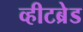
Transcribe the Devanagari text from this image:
व्हीटब्रेड